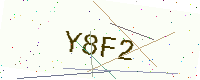
Text: Y8F2